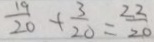
\frac { 1 9 } { 2 0 } + \frac { 3 } { 2 0 } = \frac { 2 2 } { 2 0 }